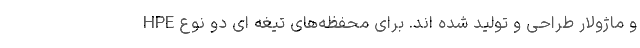
و ماژولار طراحی و تولید شده اند. برای محفظه‌های تیغه ای دو نوع HPE